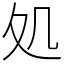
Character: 処